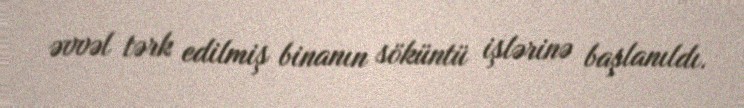
əvvəl tərk edilmiş binanın söküntü işlərinə başlanıldı.